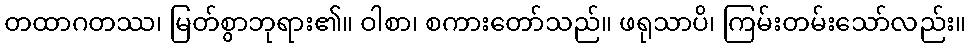
တထာဂတဿ၊ မြတ်စွာဘုရား၏။ ဝါစာ၊ စကားတော်သည်။ ဖရုသာပိ၊ ကြမ်းတမ်းသော်လည်း။